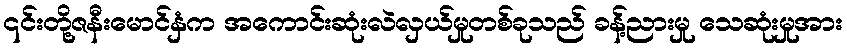
၎င်းတို့ဇနီးမောင်နှံက အကောင်းဆုံးလဲလှယ်မှုတစ်ခုသည် ခန့်ညားမှု သေဆုံးမှုအား